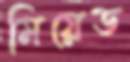
মিয়েড